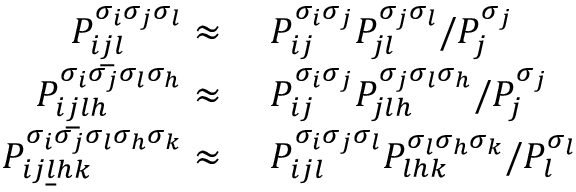
\begin{array} { r l } { P _ { i \underline { { j } } l } ^ { \sigma _ { i } \sigma _ { j } \sigma _ { l } } \approx } & { \ P _ { i j } ^ { \sigma _ { i } \sigma _ { j } } P _ { j l } ^ { \sigma _ { j } \sigma _ { l } } / P _ { j } ^ { \sigma _ { j } } } \\ { P _ { i \underline { { j } } l h } ^ { \sigma _ { i } \sigma _ { j } \sigma _ { l } \sigma _ { h } } \approx } & { \ P _ { i j } ^ { \sigma _ { i } \sigma _ { j } } P _ { j l h } ^ { \sigma _ { j } \sigma _ { l } \sigma _ { h } } / P _ { j } ^ { \sigma _ { j } } } \\ { P _ { i j \underline { { l } } h k } ^ { \sigma _ { i } \sigma _ { j } \sigma _ { l } \sigma _ { h } \sigma _ { k } } \approx } & { \ P _ { i j l } ^ { \sigma _ { i } \sigma _ { j } \sigma _ { l } } P _ { l h k } ^ { \sigma _ { l } \sigma _ { h } \sigma _ { k } } / P _ { l } ^ { \sigma _ { l } } } \end{array}